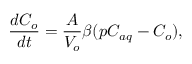
\frac { d C _ { o } } { d t } = \frac { A } { V _ { o } } { \beta } ( { p } { C _ { a q } } - C _ { o } ) ,